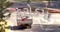
કરોડમા